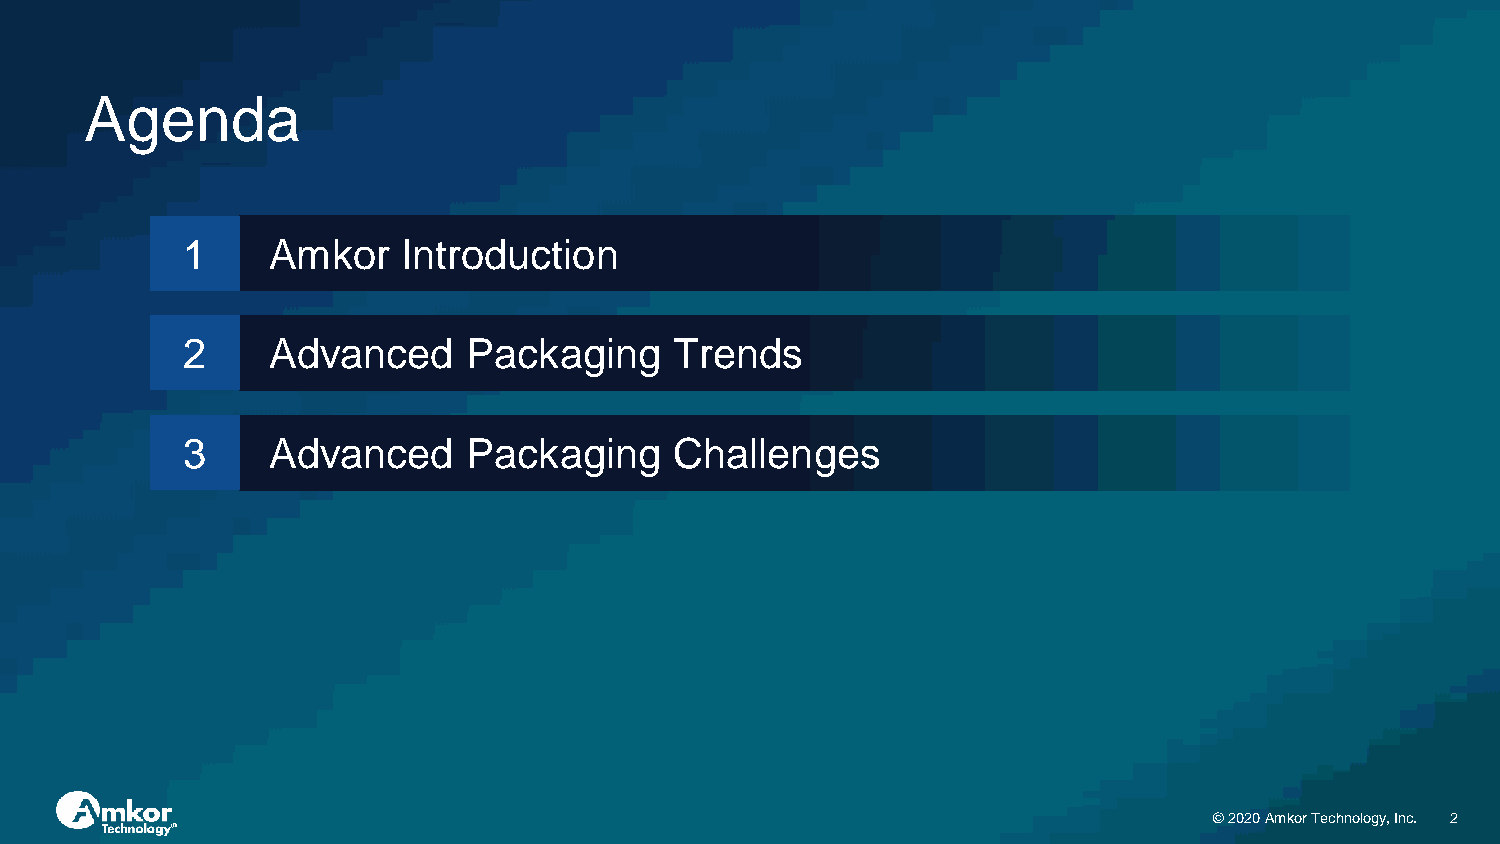
Agenda
 1     Amkor    Introduction
 2     Advanced     Packaging     Trends
 3     Advanced     Packaging     Challenges
 © 2020 Amkor Technology, Inc. 2